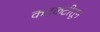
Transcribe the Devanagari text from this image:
कटकटीतून